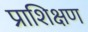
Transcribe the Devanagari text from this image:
प्राशिक्षण